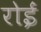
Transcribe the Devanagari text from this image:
रोईं